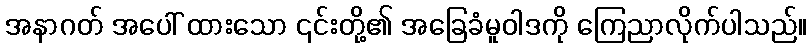
အနာဂတ် အပေါ် ထားသော ၎င်းတို့၏ အခြေခံမူဝါဒကို ကြေညာလိုက်ပါသည်။